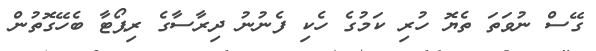
ގޭސް ނުވަތަ ތެޔޮ ހުރި ކަމުގެ ހެކި ފެނުނު ދިރާސާގެ ރިޕޯޓާ ބެހޭގޮތުން